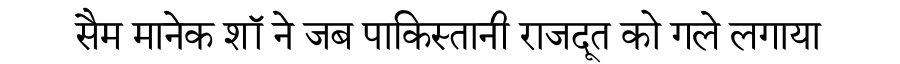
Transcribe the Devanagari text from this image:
सैम मानेक शॉ ने जब पाकिस्तानी राजदूत को गले लगाया